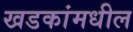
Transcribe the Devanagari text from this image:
खडकांमधील